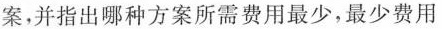
案，并指出哪种方案所需费用最少，最少费用